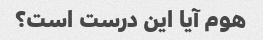
هوم آیا این درست است؟